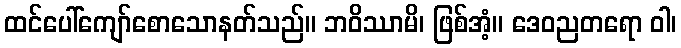
ထင်ပေါ်ကျော်စောသောနတ်သည်။ ဘဝိဿာမိ၊ ဖြစ်အံ့။ ဒေဝညတရော ဝါ၊